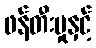
ဖန်တီးမှုနှင့်